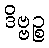
ဒိဗ္ဗဉ္စ